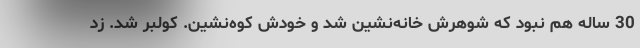
30 ساله هم نبود كه شوهرش خانه‌نشين شد و خودش كوه‌نشين. كولبر شد. زد